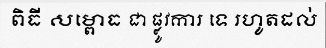
ពិធី សម្ពោធ ជា ផ្លូវការ ទេ រហូតដល់